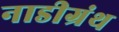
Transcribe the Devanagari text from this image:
नाडीग्रंथ